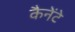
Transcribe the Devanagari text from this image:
कैनेंटे